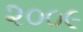
૨૦૦૯